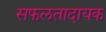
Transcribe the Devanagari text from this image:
सफलतादायक